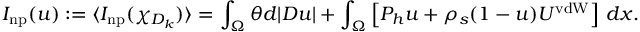
I _ { \mathrm { n p } } ( u ) : = \langle I _ { \mathrm { n p } } ( \chi _ { D _ { k } } ) \rangle = \int _ { \Omega } \theta d | D u | + \int _ { \Omega } \left[ P _ { h } u + \rho _ { s } ( 1 - u ) U ^ { \mathrm { v d W } } \right] \, d x .